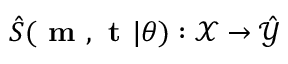
\hat { S } ( \textbf { m } , \textbf { t } | \theta ) : \mathcal { X } \xrightarrow { } \hat { \mathcal { Y } }